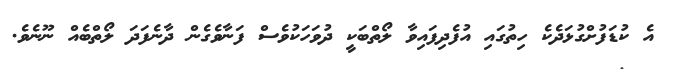
އެ ކުޑަފުށްގުޅަދެކެ ހިތުގައި އުފެދިފައިވާ ލޯތްބަކީ ދުވަހަކުވެސް ފަނާވެގެން ދާނެފަދަ ލޯތްބެއް ނޫނެވެ.